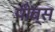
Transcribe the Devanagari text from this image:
पीव्स